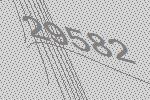
29582